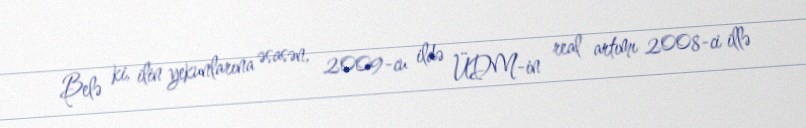
Belə ki, ilin yekunlarına əsasən, 2009-cu ildə ÜDM-in real artımı 2008-ci illə